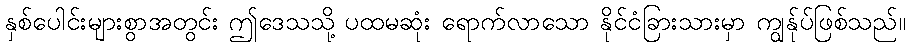
နှစ်ပေါင်းများစွာအတွင်း ဤဒေသသို့ ပထမဆုံး ရောက်လာသော နိုင်ငံခြားသားမှာ ကျွန်ုပ်ဖြစ်သည်။